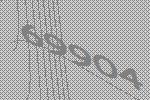
69904